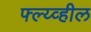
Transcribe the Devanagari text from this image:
फ्ल्य्व्हील